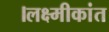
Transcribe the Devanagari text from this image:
।लक्ष्मीकांत